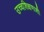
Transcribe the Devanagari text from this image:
उच्चशिक्षणाशी